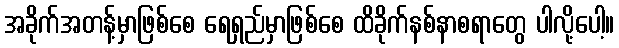
အခိုက်အတန့်မှာဖြစ်စေ ရေရှည်မှာဖြစ်စေ ထိခိုက်နစ်နာစရာတွေ ပါလို့ပေါ့။